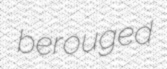
berouged